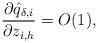
LaTeX: \begin{align*}\frac{\partial \hat{q}_{\delta,i}}{\partial z_{i,h}}=O(1),\end{align*}